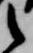
之